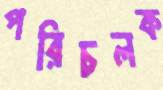
পরিচলক